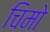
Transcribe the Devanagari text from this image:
चिमो